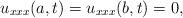
LaTeX: \begin{align*}u_{xxx}(a,t)=u_{xxx}(b,t)=0,\end{align*}